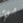
شيء